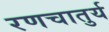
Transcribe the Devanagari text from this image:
रणचातुर्य